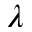
\lambda